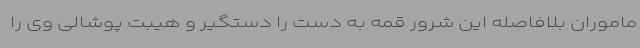
ماموران بلافاصله این شرور قمه به دست را دستگیر و هیبت پوشالی وی را